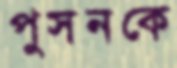
পুসনকে